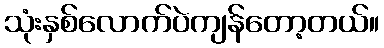
သုံးနှစ်လောက်ပဲကျန်တော့တယ်။